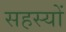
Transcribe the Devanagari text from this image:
सहस्यों